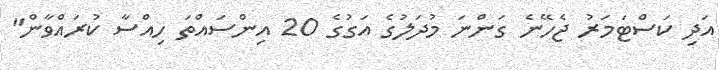
އަދި ކަސްޓަމަރު ޖެހޭނެ ގަންނަ މުދަލުގެ އަގުގެ 20 އިންސައްތަ ހިއްސާ ކުރައްވާން"